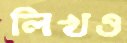
লিখও